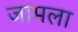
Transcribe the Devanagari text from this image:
जामला